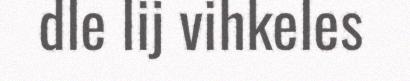
dle lij vihkeles